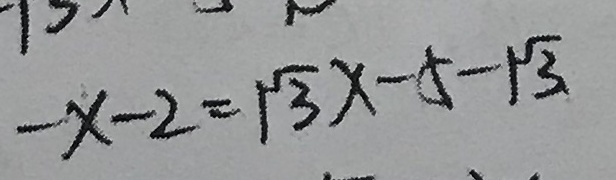
- x - 2 = \sqrt { 3 } x - 5 - \sqrt { 3 }